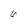
Character: 6